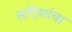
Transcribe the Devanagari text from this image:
सदिशांचा